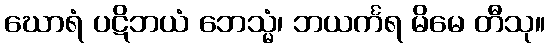
ဃောရံ ပဋိဘယံ ဘေသ္မံ၊ ဘယင်္ကရ မိမေ တီသု။